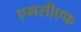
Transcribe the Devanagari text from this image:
एमसीएफ